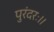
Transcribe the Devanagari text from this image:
पुरंदरः।।